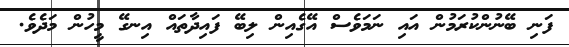
ފަނި ބޭނުންކުރަމުން އައި ނަމަވެސް އޭގެއިން ލިބޭ ފައިދާތައް އިނގޭ މީހުން މަދެވެ.